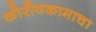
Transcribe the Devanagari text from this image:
कोरीवकामाचा